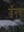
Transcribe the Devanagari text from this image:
डॅनचा